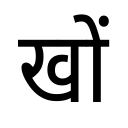
OCR:
खों